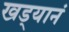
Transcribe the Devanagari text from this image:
खड्यानं